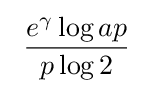
~{\frac {e^{\gamma }\log ap}{p\log 2}}